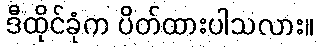
ဒီထိုင်ခုံက ပိတ်ထားပါသလား။